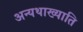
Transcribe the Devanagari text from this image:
अन्यथाख्याति